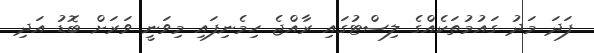
ފަދަ މަދު ގައުމުތަކެއްގެ ލިސްޓުގައި ރާއްޖެ ހިމެނިފައި މިވަނީ ވަރަށް ބޮޑު އަދި